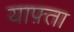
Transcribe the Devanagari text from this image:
याफ़्ता